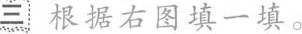
三 根据右图填一填。